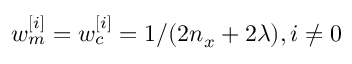
w _ { m } ^ { [ i ] } = w _ { c } ^ { [ i ] } = 1 / ( 2 n _ { x } + 2 \lambda ) , i \neq 0